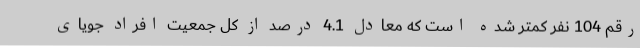
رقم 104 نفر کمتر شده است که معادل 4.1 درصد از کل جمعیت افراد جویای